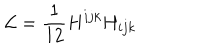
{ \cal L } = { \frac { 1 } { 1 2 } } { H ^ { i j k } H _ { i j k } }